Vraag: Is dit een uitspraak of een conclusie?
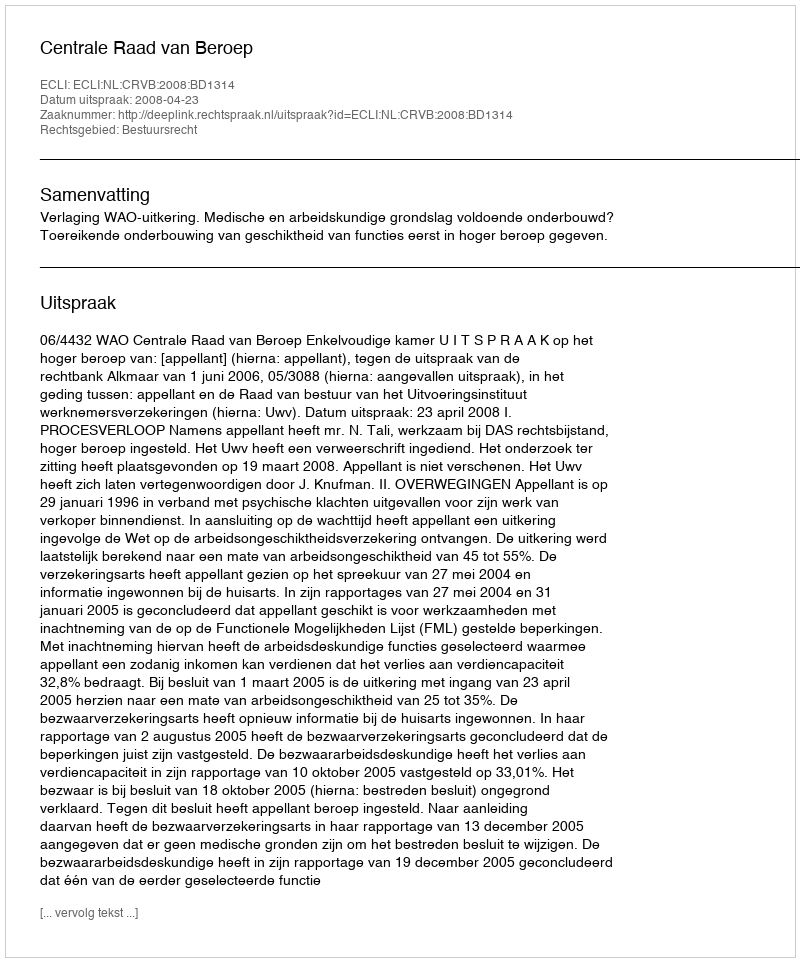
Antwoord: Uitspraak